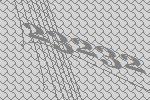
23232